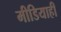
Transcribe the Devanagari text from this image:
मीडियाही